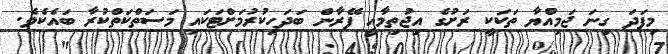
މިފަދަ ގިނަ ޖަމިއްޔާ ތަކަކީ ރަށުގެ އިޖުތިމާއީ ފޭރާން ބަދަހިކުރުމަށްޓަކައި މަސަތްކަތްކުރާ ބައެކެވެ.